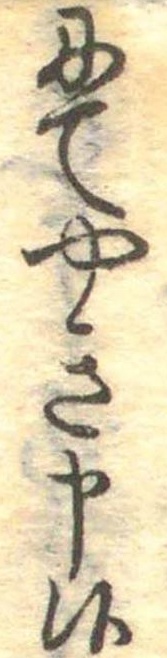
にてやき申候